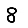
Digit: 8